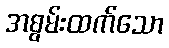
အစွမ်းထက်သော